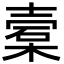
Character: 槖